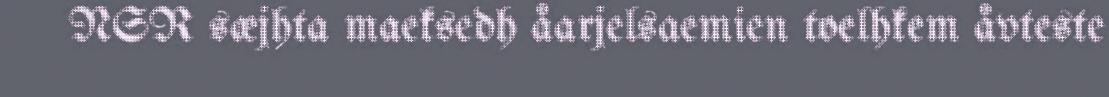
NSR sæjhta maeksedh åarjelsaemien toelhkem åvteste